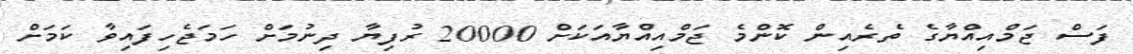
ފަސް ޖަމްއިއްޔާގެ ތެރެއިން ކޮންމެ ޖަމްއިއްޔާއަކަށް 20000 ރުފިޔާ ދިނުމަށް ހަމަޖެހިފައިވާ ކަމަށް